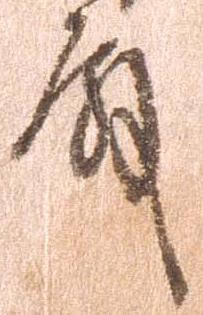
殿